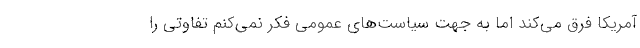
آمریکا فرق می‌کند اما به جهت سیاست‌های عمومی فکر نمی‌کنم تفاوتی را